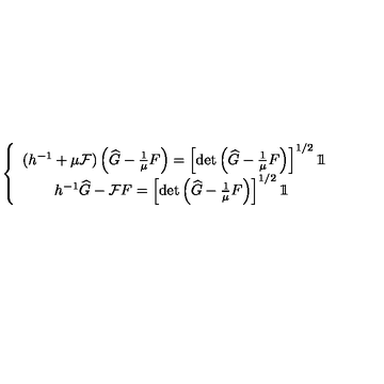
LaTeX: \left\{ \begin{array} { c c } { ( h ^ { - 1 } + \mu \mathcal { F } ) \left( \widehat { G } - \frac { 1 } { \mu } F \right) = \left[ \mathrm { d e t } \left( \widehat { G } - \frac { 1 } { \mu } F \right) \right] ^ { 1 / 2 } 1 \! \! 1 } \\ { h ^ { - 1 } \widehat { G } - \mathcal { F } F = \left[ \mathrm { d e t } \left( \widehat { G } - \frac { 1 } { \mu } F \right) \right] ^ { 1 / 2 } 1 \! \! 1 \ } \\ \end{array} \right.